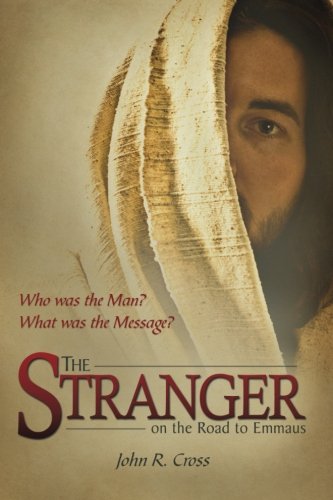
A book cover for The Stranger on the Road to Emmaus; John R. Cross; Christian Books & Bibles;